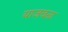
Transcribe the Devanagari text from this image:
याजवळ